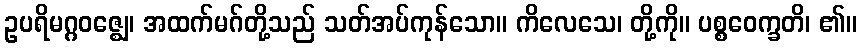
ဥပရိမဂ္ဂဝဇ္ဈေ၊ အထက်မဂ်တို့သည် သတ်အပ်ကုန်သော။ ကိလေသေ၊ တို့ကို။ ပစ္စဝေက္ခတိ၊ ၏။